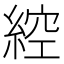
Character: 𦁈